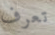
تعرف